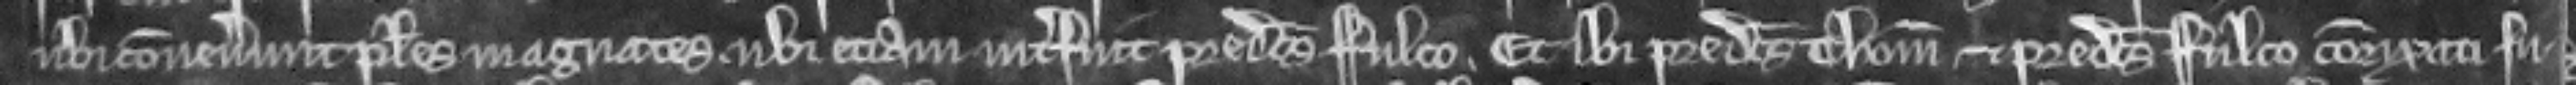
ubi convenerunt plures magnates. ubi eciam interfuit predictus Fulco. Et ibi predictus Thomas et predictus Fulco conrixati fu